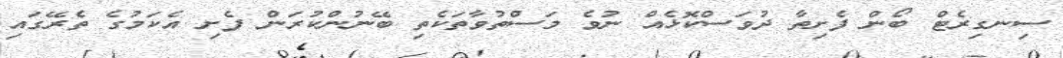
ސިނގިރެޓް ބޯން ފެށިތާ ދުވަސްކޮޅެއް ނުވެ މަސްތުވާތަކެތި ބޭނުންކުރަން ފެށި އެކަމުގެ ތެރޭގައި